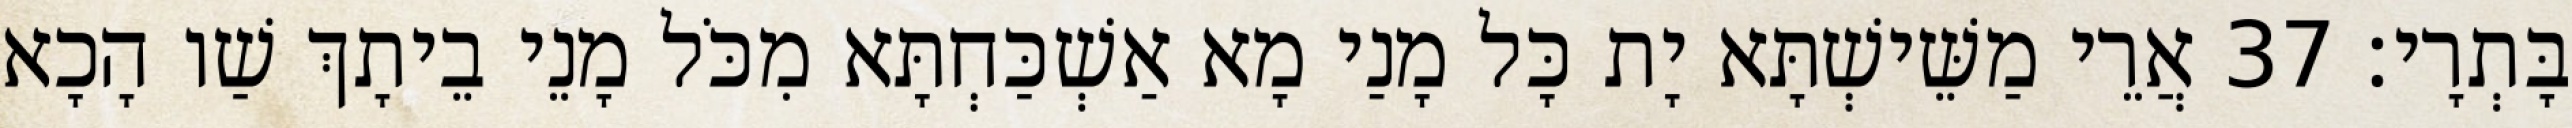
בָּתְרָי׃ 37 אֲרֵי מַשֵּׁישְׁתָּא יָת כָּל מָנַי מָא אַשְׁכַּחְתָּא מִכֹּל מָנֵי בֵיתָךְ שַׁו הָכָא